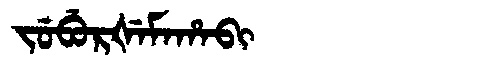
Manchu: ᠵᡠᠪᡠᡵᡧᡝᠮᠠᡥᠠᠪᡳ
Romanization: JUBURŠEMAHABI